Source: Handwritten
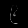
Digit: ၉ (9)